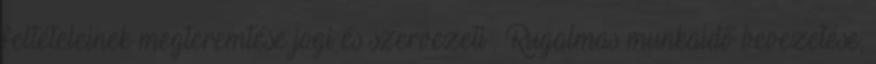
feltételeinek megteremtése jogi és szervezeti . Rugalmas munkaidő bevezetése,